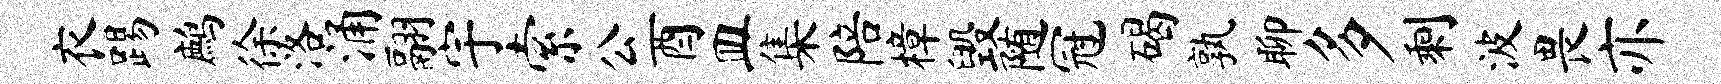
衣踢鹧徐洛涌翮宇索公酉皿集陪樟毁随冠碣孰聊多剩波畏亦